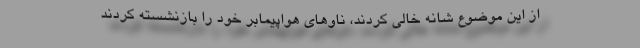
از این موضوع شانه خالی کردند، ناوهای هواپیمابر خود را بازنشسته کردند